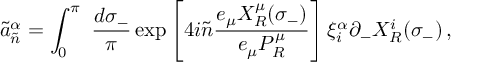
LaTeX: \tilde { a } _ { \tilde { n } } ^ { \alpha } = \int _ { 0 } ^ { \pi } ~ \frac { d \sigma _ { - } } { \pi } \exp \left[ 4 i \tilde { n } \frac { e _ { \mu } X _ { R } ^ { \mu } ( \sigma _ { - } ) } { e _ { \mu } P _ { R } ^ { \mu } } \right] \xi _ { i } ^ { \alpha } \partial _ { - } X _ { R } ^ { i } ( \sigma _ { - } ) \, ,